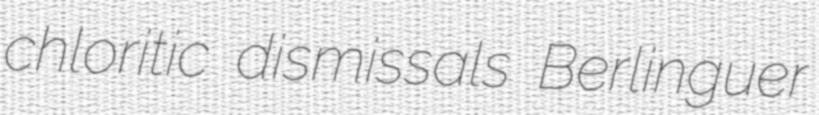
chloritic dismissals Berlinguer